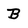
Character: B